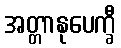
အတ္တာနုပေက္ခီ